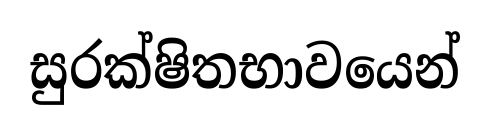
සුරක්ෂිතභාවයෙන්